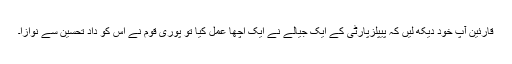
قارئین آپ خود دیکھ لیں کہ پیپلزپارٹی کے ایک جیالے نے ایک اچھا عمل کیا تو پوری قوم نے اس کو دادِ تحسین سے نوازا۔